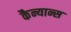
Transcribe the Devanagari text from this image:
कैन्यान्स